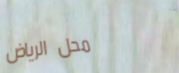
محل الرياض